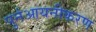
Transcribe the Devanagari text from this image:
पुर्नआयनीकरण